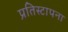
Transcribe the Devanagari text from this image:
प्रतिस्टापना